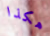
هكذا